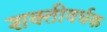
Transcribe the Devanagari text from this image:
शक्तीवर्धक